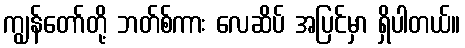
ကျွန်တော်တို့ ဘတ်စ်ကား လေဆိပ် အပြင်မှာ ရှိပါတယ်။